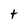
Character: t